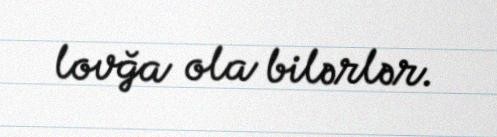
lovğa ola bilərlər.